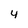
Character: 4